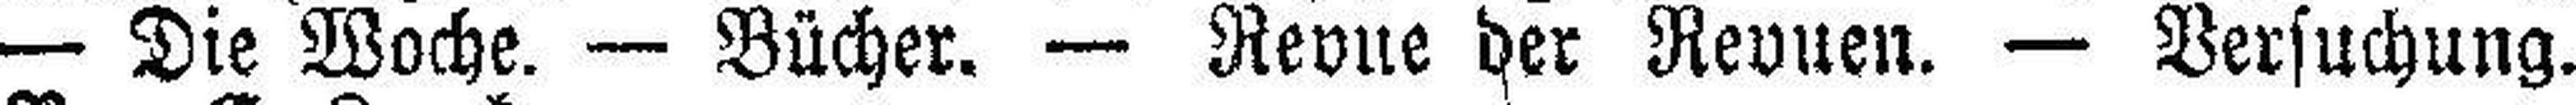
— Die Woche. — Bücher. — Revue der Revuen. — Versuchung.